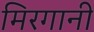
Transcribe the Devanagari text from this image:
मिरगानी